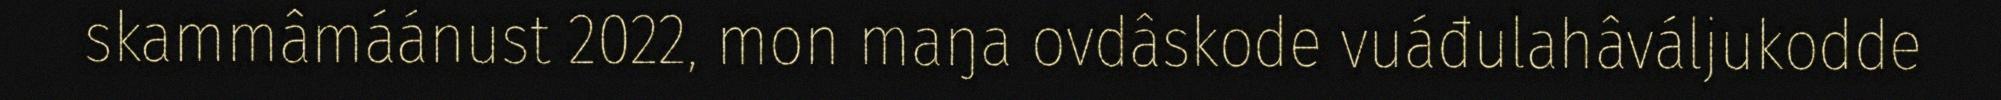
skammâmáánust 2022, mon maŋa ovdâskode vuáđulahâváljukodde